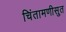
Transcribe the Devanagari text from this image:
चिंतामणीसुत